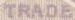
TRADE